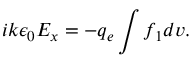
i k \epsilon _ { 0 } E _ { x } = - q _ { e } \int f _ { 1 } d v .